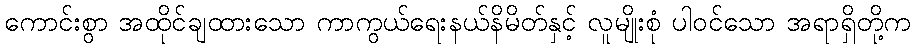
ကောင်းစွာ အထိုင်ချထားသော ကာကွယ်ရေးနယ်နိမိတ်နှင့် လူမျိုးစုံ ပါဝင်သော အရာရှိတို့က